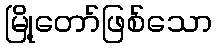
မြို့တော်ဖြစ်သော